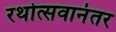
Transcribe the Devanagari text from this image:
रथोत्सवानंतर